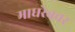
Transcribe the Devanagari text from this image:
माघरेबवर